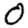
Digit: 0